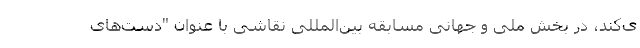
ی‌کند، در بخش ملی و جهانی مسابقه بین‌المللی نقاشی با عنوان "دست‌های